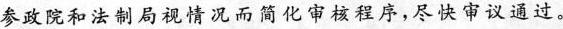
参政院和法制局视情况而简化审核程序，尽快审议通过。